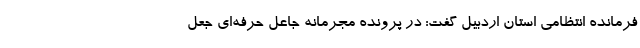
فرمانده انتظامی استان اردبیل گفت: در پرونده مجرمانه جاعل حرفه‌ای جعل